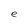
Character: e